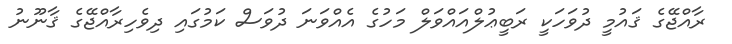
ރާއްޖޭގެ ޤައުމީ ދުވަހަކީ ރަބީޢުލްއައްވަލް މަހުގެ އެއްވަނަ ދުވަސް ކަމުގައި ދިވެހިރާއްޖޭގެ ޤާނޫނު